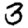
Digit: 3